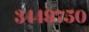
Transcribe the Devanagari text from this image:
३४४९७५०